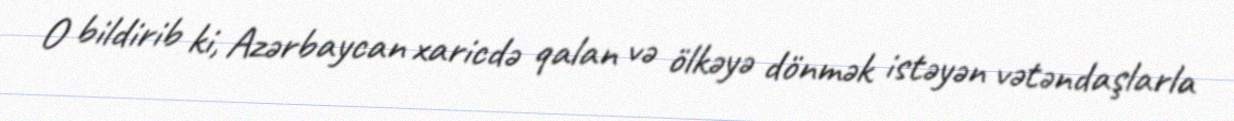
O bildirib ki, Azərbaycan xaricdə qalan və ölkəyə dönmək istəyən vətəndaşlarla